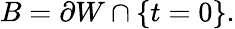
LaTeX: B=\partial W\cap\{ t=0\} .